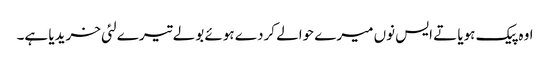
اوہ پیک ہویا تے ایس نوں میرے حوالے کردے ہوئے بولے تیرے لئی خریدیا ہے۔